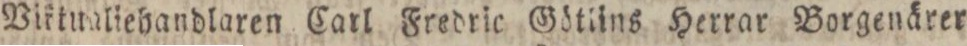
Viktualiehandlaren Carl Fredric Götlins Herrar Borgenärer